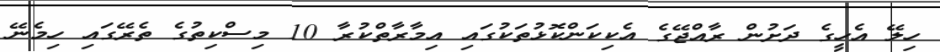
ހިލޭ އެހީގެ ދަށުން ރާއްޖޭގެ އެކިކަންކޮޅުތަކުގައި އިމާރާތްކުރާ 10 މިސްކިތުގެ ތެރޭގައި ހިމެނޭ